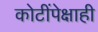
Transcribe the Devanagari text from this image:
कोटींपेक्षाही